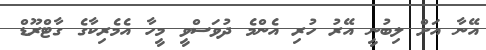
އޭނާ އަށް ލިބުނީ އޭރު ހުރި އެންމެ ދުވަސްވީ މީހާ އެމެރިކާގެ ގާޓްރޫޑް